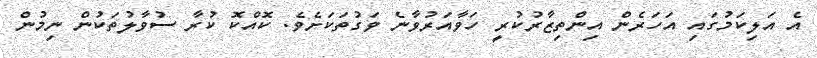
އެ އަލިކަމުގައި އަހަރެން އިންތިޒާރުކުރީ ހަވާއަރުވާނެ ވަގުތަކަށެވެ. ކޮއްކޮ ކުރާ ސުވާލުތަކުން ނިމުން